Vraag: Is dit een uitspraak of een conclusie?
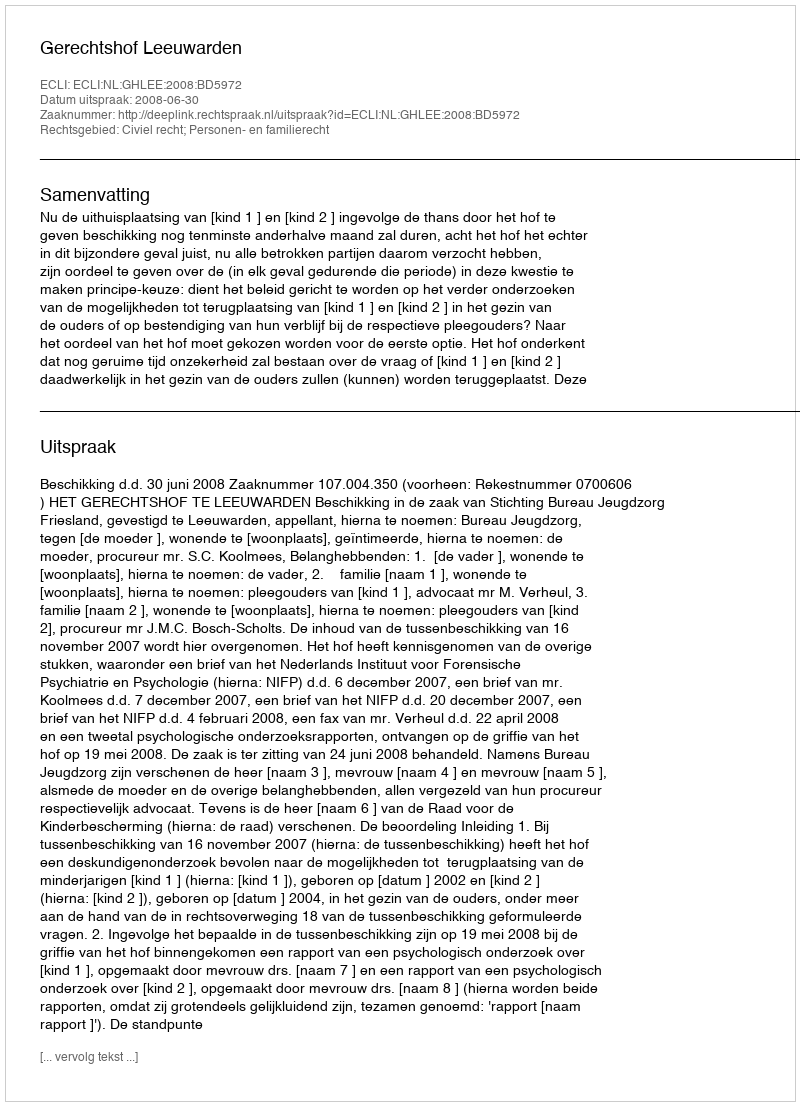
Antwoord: Uitspraak